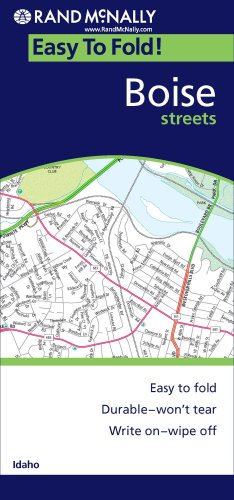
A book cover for Rand McNally Easyfinder Boise; Travel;